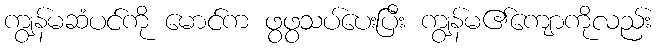
ကျွန်မဆံပင်ကို မောင်က ဖွဖွသပ်ပေးပြီး ကျွန်မ၏ကျောကိုလည်း